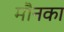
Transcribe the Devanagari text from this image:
मौनका